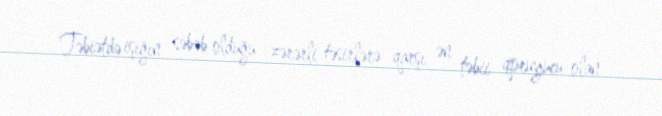
Təbiətdə işığın səbəb olduğu zərərli təsirlərə qarşı ən təbii qoruyucu olan